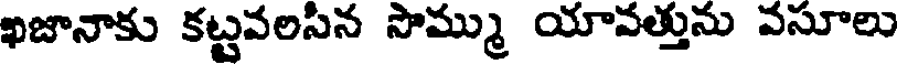
ఖజానాకు కట్టవలసిన సొమ్ము యావత్తును వసూలు